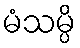
မံသမ္ပိ